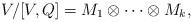
LaTeX: \begin{align*}V/[V,Q]=M_1\otimes\cdots\otimes M_k,\end{align*}